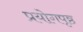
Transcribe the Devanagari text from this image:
प्रयोगपृष्ठ